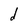
Character: d